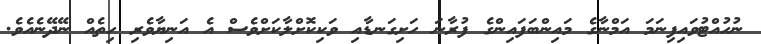
ނުހުއްޓުވައިފިނަމަ އަމްނާގެ މައިންބަފައިންގެ ފުރާނަ ހަށިގަނޑާއި ވަކިކޮށްލާކަށްވެސް އެ އަނިޔާވެރި ހިތެއް ނޭދޭނެއެވެ.